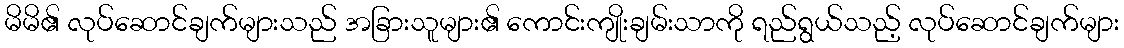
မိမိ၏ လုပ်ဆောင်ချက်များသည် အခြားသူများ၏ ကောင်းကျိုးချမ်းသာကို ရည်ရွယ်သည့် လုပ်ဆောင်ချက်များ